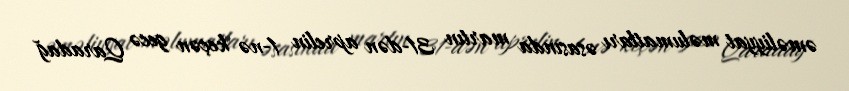
əməliyyat məlumatları əsasında martın 31-dən aprelin 1-nə keçən gecə Qaradağ